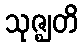
သုဇ္ဈတိ